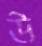
উ